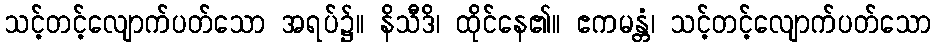
သင့်တင့်လျောက်ပတ်သော အရပ်၌။ နိသီဒိ၊ ထိုင်နေ၏။ ဧကမန္တံ၊ သင့်တင့်လျောက်ပတ်သော